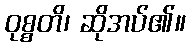
ဝုစ္စတိ၊ ဆိုအပ်၏။